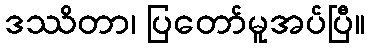
ဒဿိတာ၊ ပြတော်မူအပ်ပြီ။